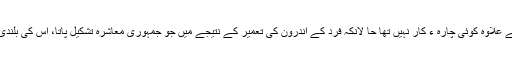
ایسی صورت میں خود سپردگی كے علاوہ كوئی چارہ ء كار نہیں تھا حا لانكہ فرد كے اندرون كی تعمیر كے نتیجے میں جو جمہوری معاشرہ تشكیل پاتا، اس كی بلندی كا تصور ضرور كیا جاسكتا ہے۔